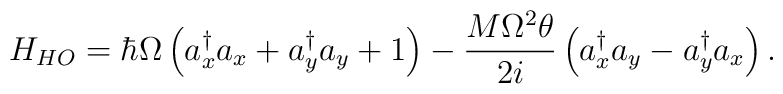
H_{HO}=\hbar \Omega \left( a_x^{\dagger}a_x+a_y^{\dagger}a_y+1\right)-\frac{M\Omega^{2}\theta}{2i}\left(a_x^{\dagger}a_y-a_y^{\dagger}a_x\right).